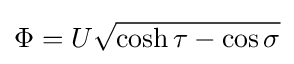
\Phi =U{\sqrt {\cosh \tau -\cos \sigma }}